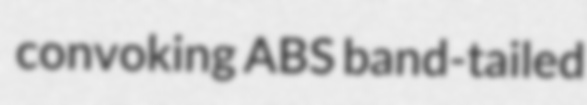
convoking ABS band-tailed